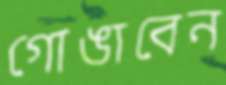
গোঙাবেন